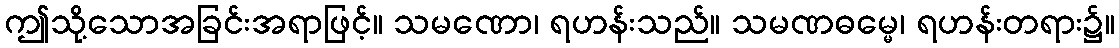
ဤသို့သောအခြင်းအရာဖြင့်။ သမဏော၊ ရဟန်းသည်။ သမဏဓမ္မေ၊ ရဟန်းတရား၌။